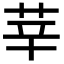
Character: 𦭱